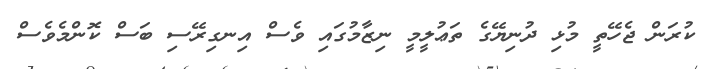
ކުރަން ޖެހޭތީ މުޅި ދުނިޔޭގެ ތަޢުލީމީ ނިޒާމުގައި ވެސް އިނގިރޭސި ބަސް ކޮންމެވެސް